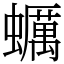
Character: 蠣